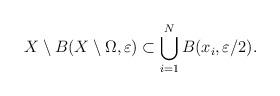
LaTeX: \begin{align*} X \setminus B(X \setminus \Omega,\varepsilon) \subset \bigcup_{i=1}^N B(x_i,\varepsilon / 2). \end{align*}